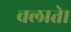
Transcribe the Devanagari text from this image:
चलाते।